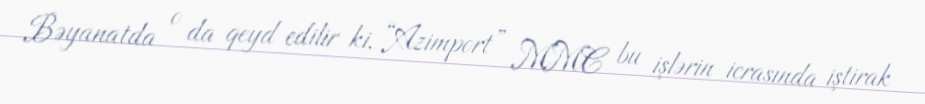
Bəyanatda o da qeyd edilir ki, “Azimport” MMC bu işlərin icrasında iştirak